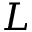
L